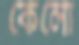
কেলো